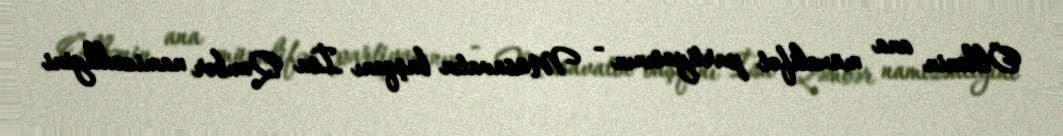
Ölkənin ana müxalifət partiyasının - Müsavatın başqanı İsa Qəmbər namizədliyini